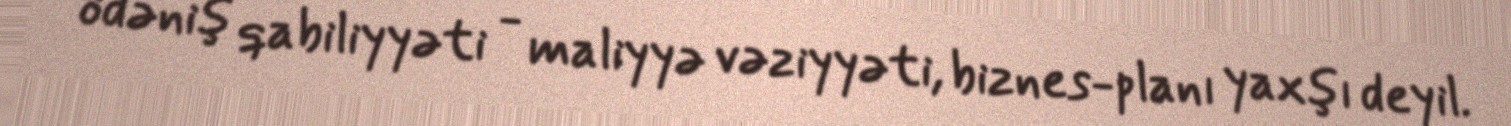
ödəniş qabiliyyəti - maliyyə vəziyyəti, biznes-planı yaxşı deyil.